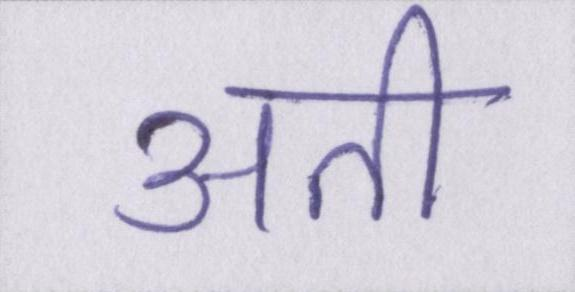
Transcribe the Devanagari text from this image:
अती